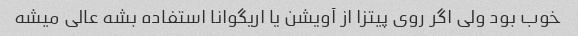
خوب بود ولی اگر روی پیتزا از آویشن یا اریگوانا استفاده بشه عالی میشه